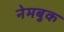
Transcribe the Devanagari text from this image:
नेमबुक